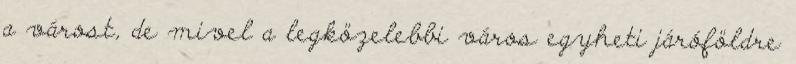
a várost, de mivel a legközelebbi város egyheti járóföldre